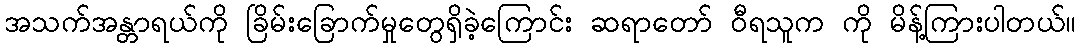
အသက်အန္တာရယ်ကို ခြိမ်းခြောက်မှုတွေရှိခဲ့ကြောင်း ဆရာတော် ဝီရသူက ကို မိန့်ကြားပါတယ်။